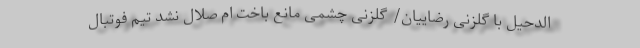
الدحیل با گلزنی رضاییان/ گلزنی چشمی مانع باخت ام صلال نشد تیم فوتبال